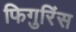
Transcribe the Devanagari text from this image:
फिगुरिंस